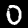
Digit: 0